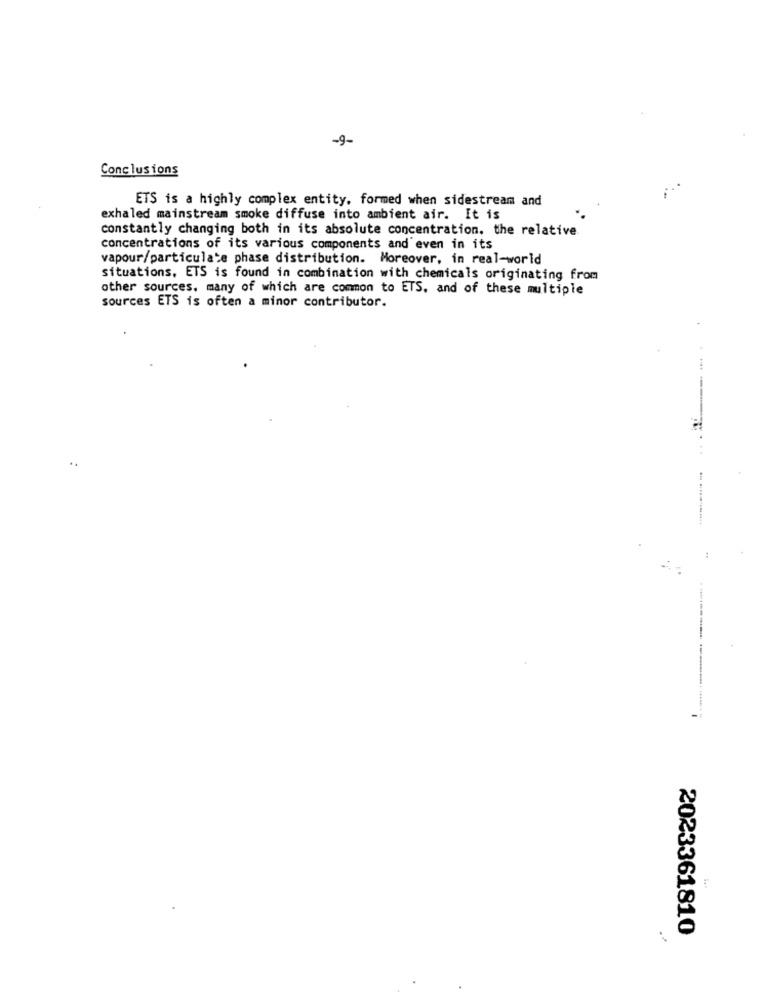
-9-
Conclusions
ETS is a highly complex entity. formed when sidestream and
exhaled mainstream smoke diffuse into ambient air. It is
constantly changing both in its absolute concentration. the relative
concentrations of its various components and even in its
vapour/particulate phase distribution. Moreover, in real-world
situations, ETS is found in combination with chemicals originating from
other sources. many of which are common to ETS, and of these multiple
sources ETS is often a minor contributor.
---
:
-
2023361810